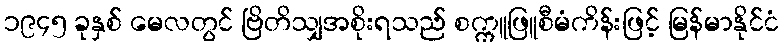
၁၉၄၅ ခုနှစ် မေလတွင် ဗြိတိသျှအစိုးရသည် စက္ကူဖြူစီမံကိန်းဖြင့် မြန်မာနိုင်ငံ